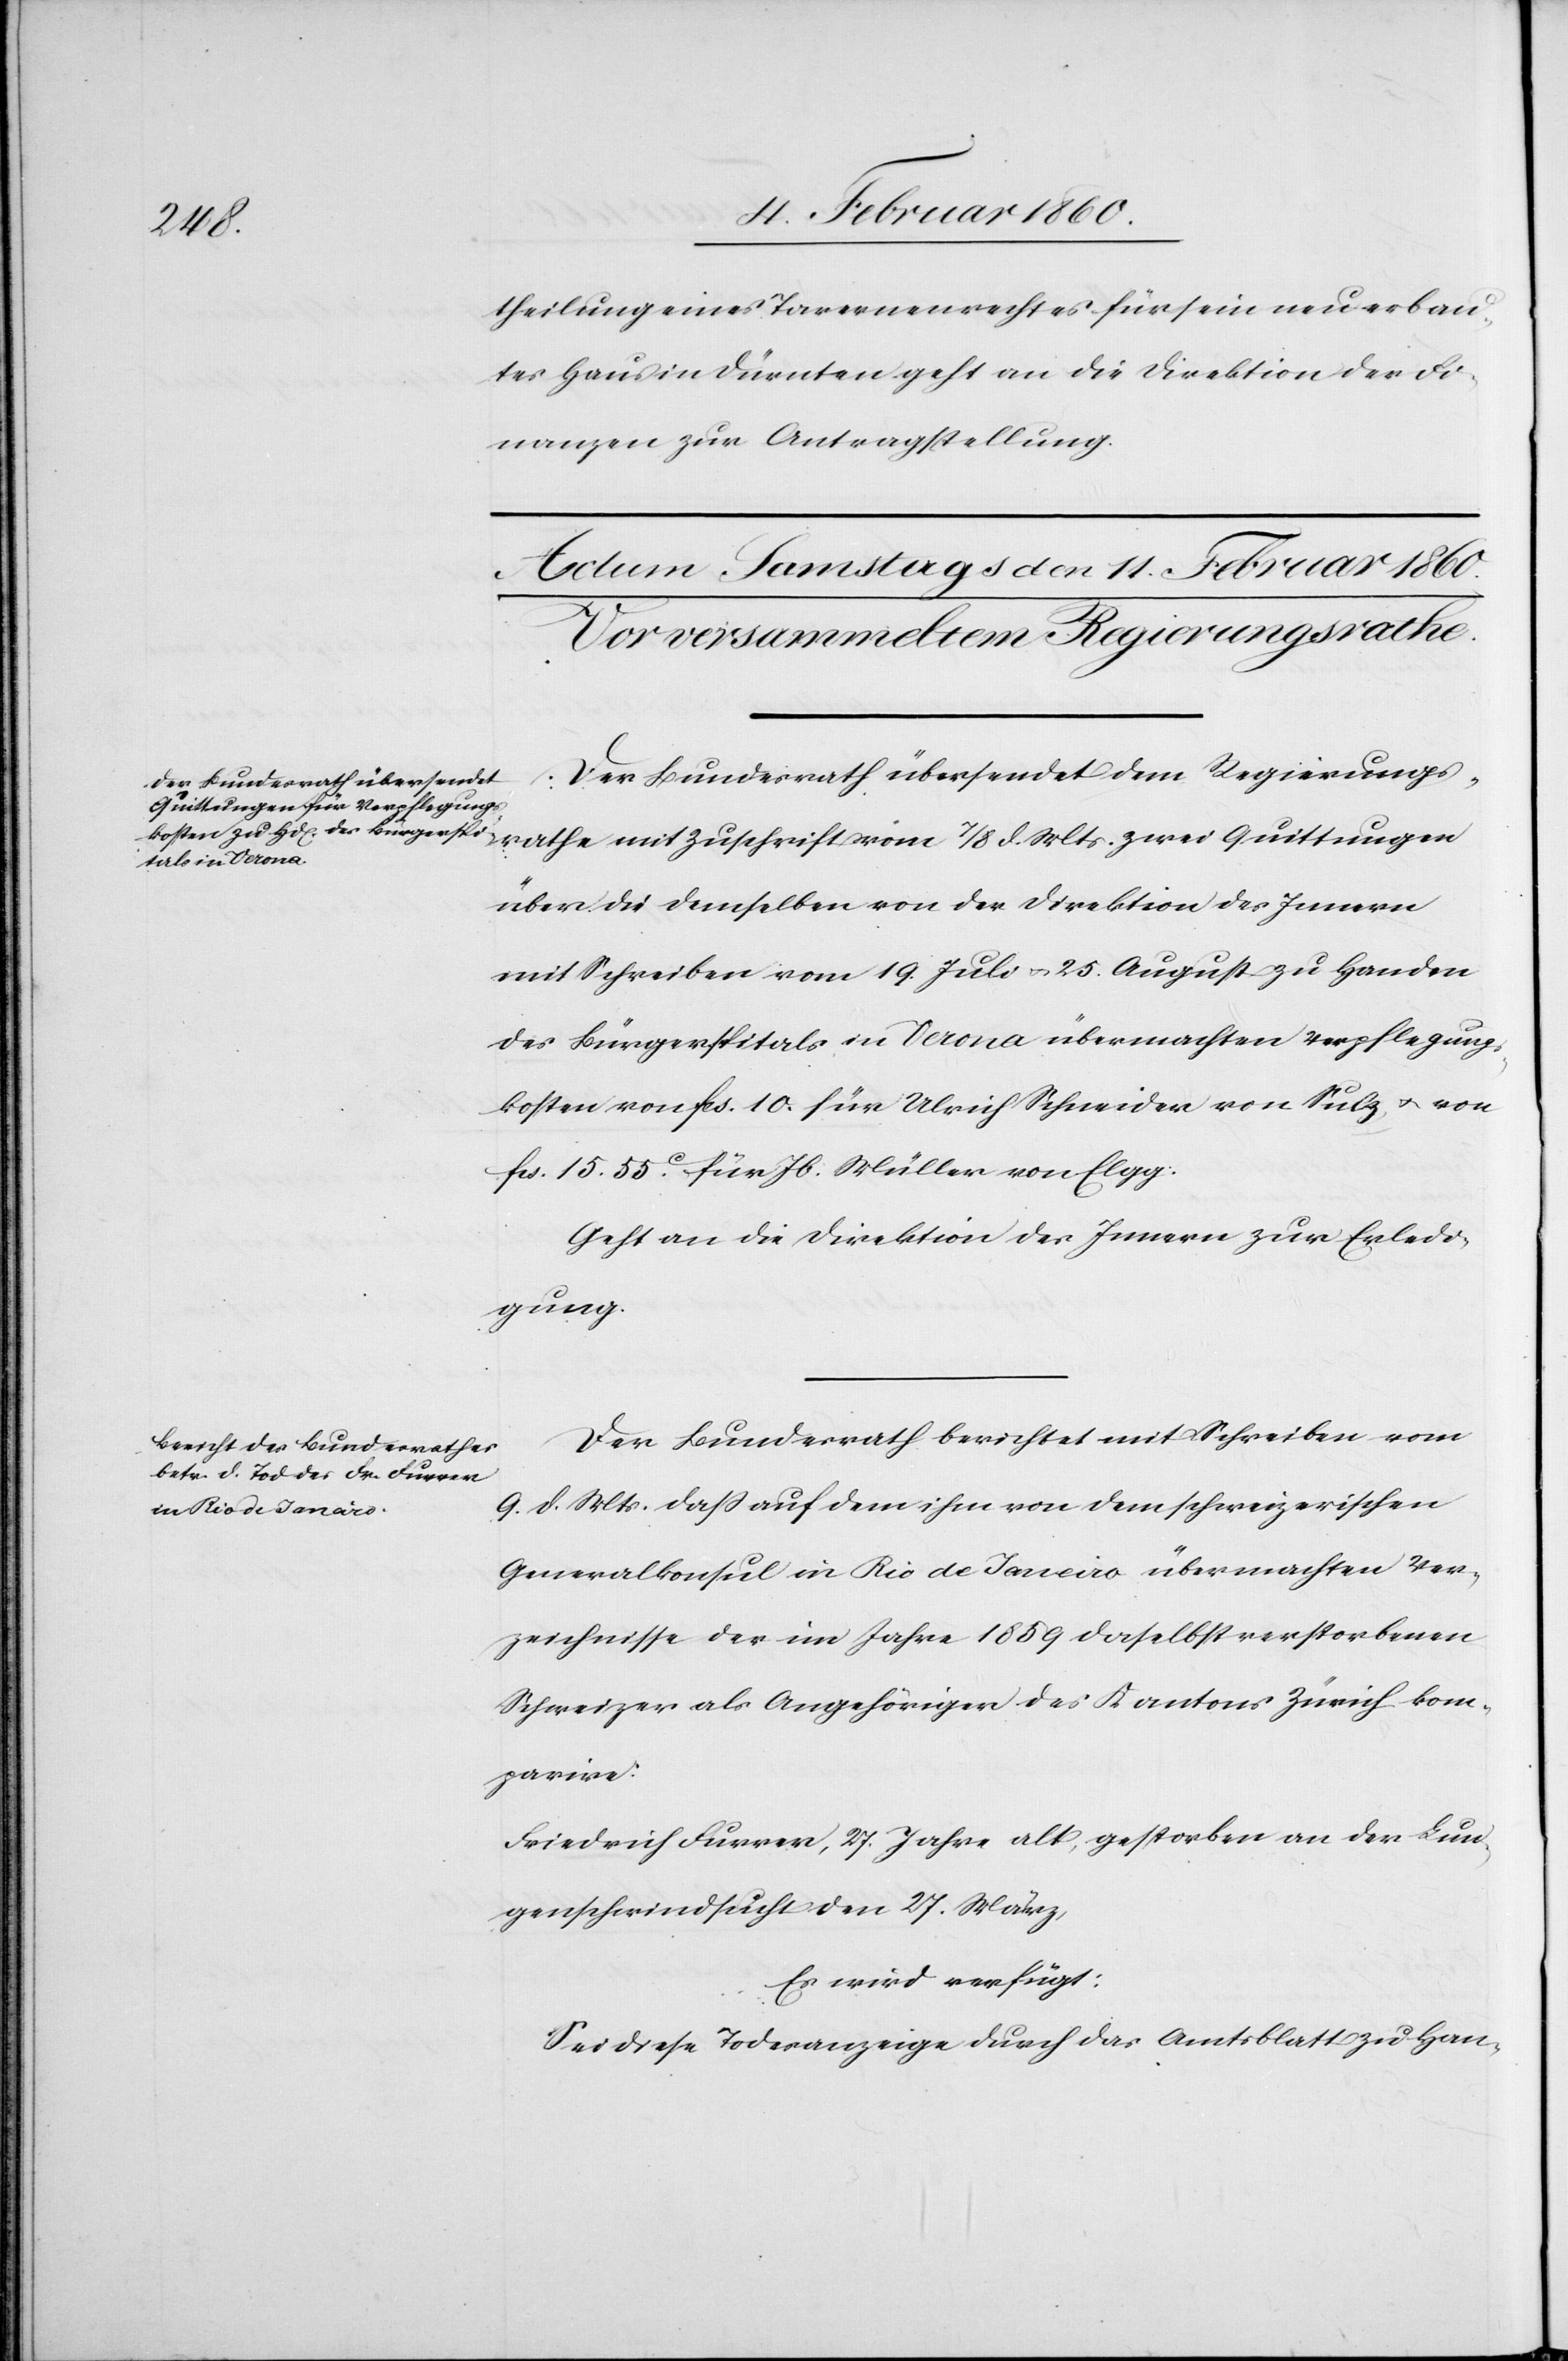
theilung eines Tavernenrechtes für sein neu erbau¬
tes Haus in Dürnten geht an die Direktion der Fi¬
nanzen zur Antragstellung.
Der Bundesrath übersendet dem Regierungs¬
rathe mit Zuschrift vom 7/8. d. Mts. zwei Quittungen
über die demselben von der Direktion des Innern
mit Schreiben vom 19. Juli u. 25. August zu Handen
des Bürgerspitals in Verona übermachten Verpflegung¬
skosten von fcs. 10 für Ulrich Schneider von Sulz, u. von
fcs. 15. 55C für Jb. Müller von Elgg.
Geht an die Direktion des Innern zur Erledi¬
gung.
Der Bundesrath berichtet mit Schreiben vom
9. d. Mts. dass auf dem ihm von dem schweizerischen
Generalkonsul in Rio de Janerio übermachten Ver¬
zeichnisse des im Jahre 1859 daselbst verstorbenen
Schweizer als Angehörigen des Kantons Zürich kom¬
parire.
Friedrich Furrer, 27. Jahre alt, gestorben an der Lun¬
genschwindsucht den 27. März,
Es wird verfügt:
Sei diese Todesanzeige durch das Amtsblatt zu Han-